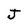
Character: J